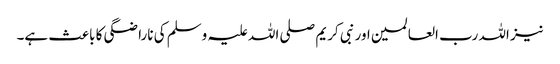
نیز اللہ رب العالمین اور نبی کریم صلی اللہ علیہ وسلم کی ناراضگی کا باعث ہے۔